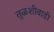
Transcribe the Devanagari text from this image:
तुळशीवाडी